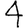
Digit: 4